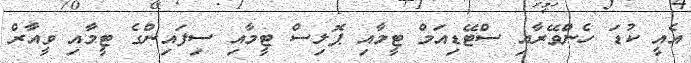
އެއީ ކުޑަ ހެންވޭރާއި ސްޓޭޑިއަމް ޓީމާއި ޕޮލިސް ޓީމާއި ސިފައިންގެ ޓީމާއި ވީއާރް